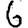
Digit: 6